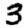
Digit: 3